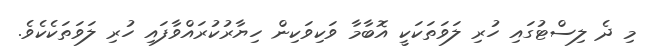
މި ދެ ލިސްޓުގައި ހުރި ލަވަތަކަކީ އޮބާމާ ވަކިވަކިން ހިޔާރުކުރައްވާފައި ހުރި ލަވަތަކެކެވެ.